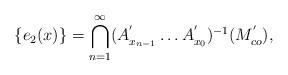
LaTeX: \begin{align*}\{e_{2}(x)\}=\bigcap_{n=1}^{\infty}(A_{x_{n-1}}^{'}\ldots A_{x_{0}}^{'})^{-1}(M_{co}^{'}),\end{align*}